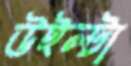
উইল্টা